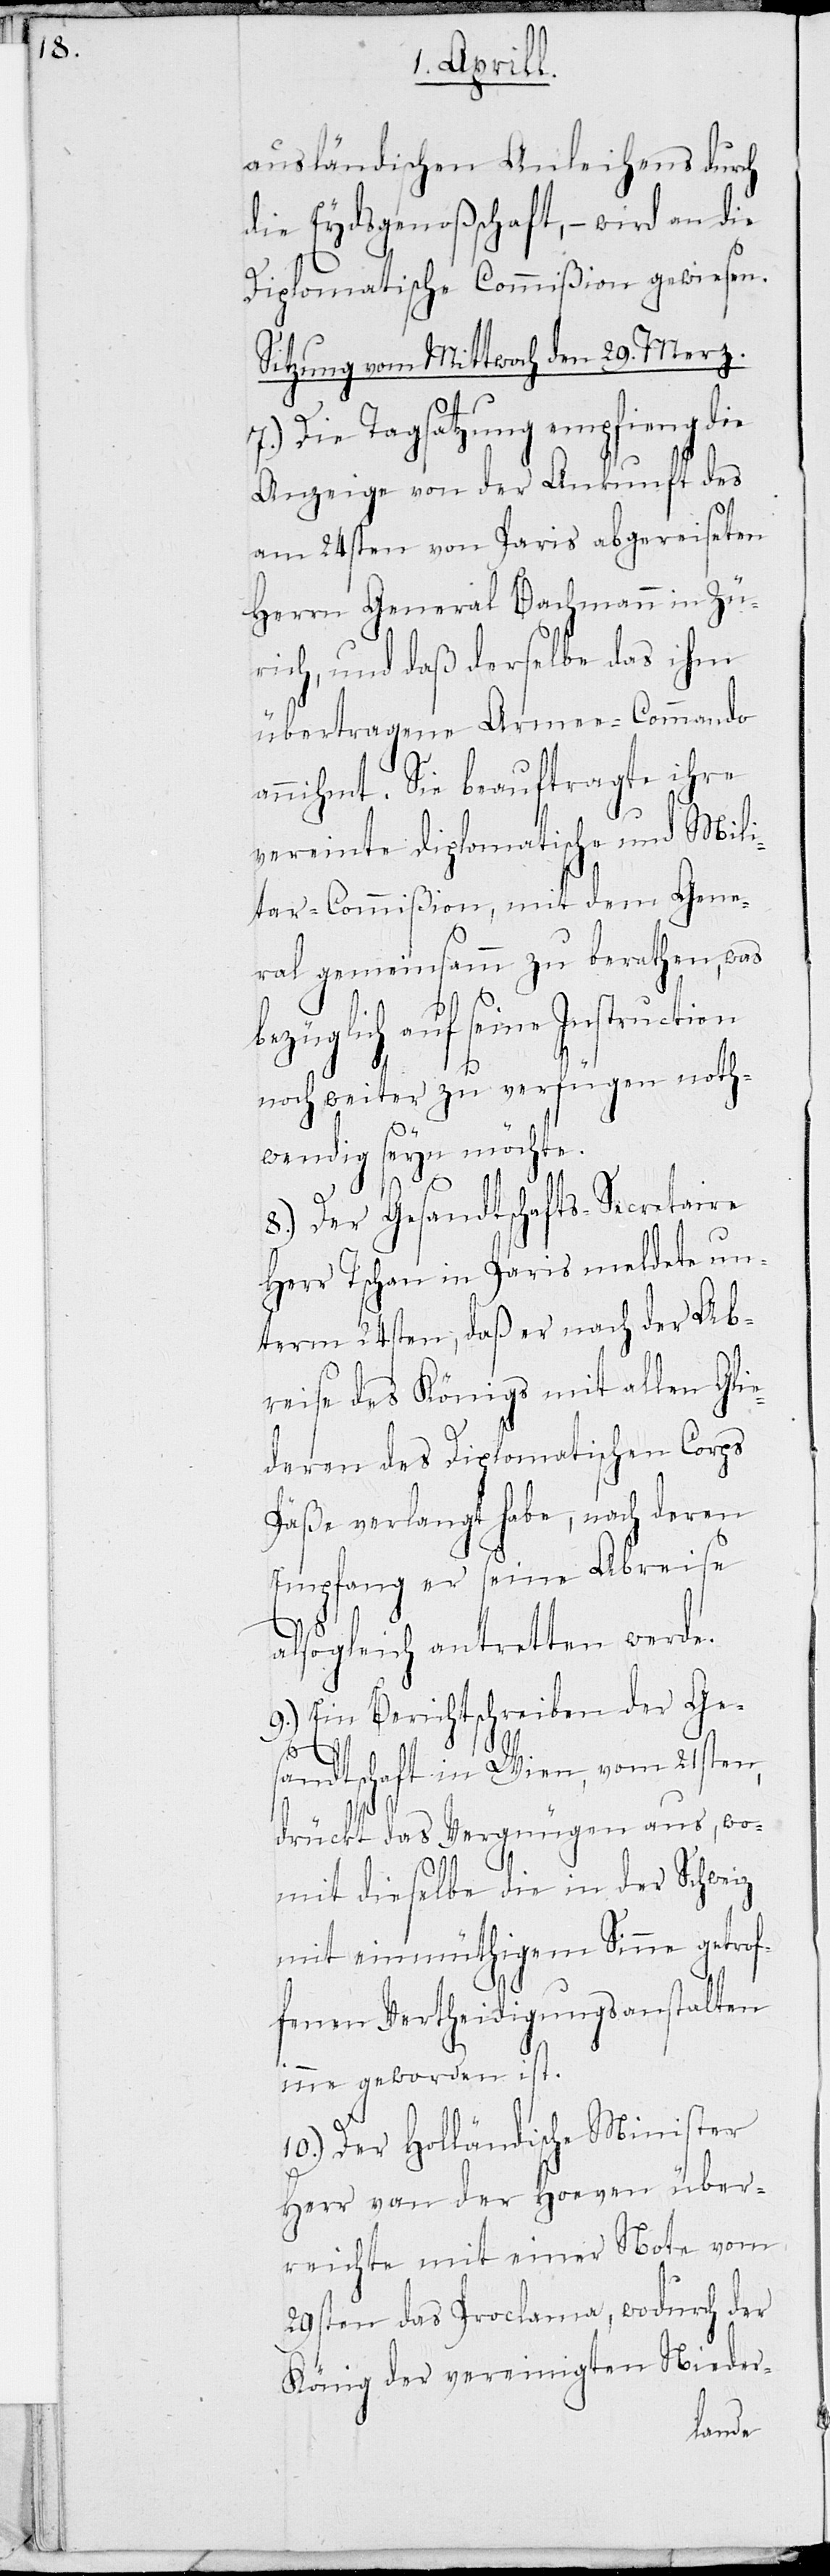
ausländischen Anleihens durch
die Eydsgenoßenschaft, – wird an die
Diplomatische Commißion gewiesen.
Sitzung vom Mittwoch den 29. Merz.
7.) Die Tagsatzung empfieng die
Anzeige der Ankunft des
am 24sten von Paris abgereisten
Herrn General Bachmann in Zü¬
rich, und daß derselbe das ihm
übertragene Armee-Commando
annihmt. Sie beauftragte ihre
vereinte diplomatische und Mili¬
tar-Commißion, mit dem Gene¬
ral gemeinsamm zu berathen, was
bezüglich auf seine
noch weiter zu verfügen noth¬
wendig seyn möchte.
8.) Der Gesandtschafts-Secretaire
Herr Tschan in Paris meldete un¬
term 24sten, daß er nach der Ab¬
reise des Königs mit allen Glie¬
deren des Diplomatischen Corps
Päße verlangt habe, nach deren
Empfang er seine Abreise
alsogleich antretten werde.
9.) Ein Berichtschreiben der Ges¬
andtschaft in Wien, vom 21sten,
drückt das Vergnügen aus, wo¬
mit dieselbe die in der Schweiz
mit einmüthigem Sinne getrof¬
fenen Vertheidigungsanstalten
inne geworden ist.
10.) Der Holländische Minister
Herr van der Hoeven über¬
reichte mit einer Note vom
29sten das Proclama, wodurch der
König der vereinigten Nieder-